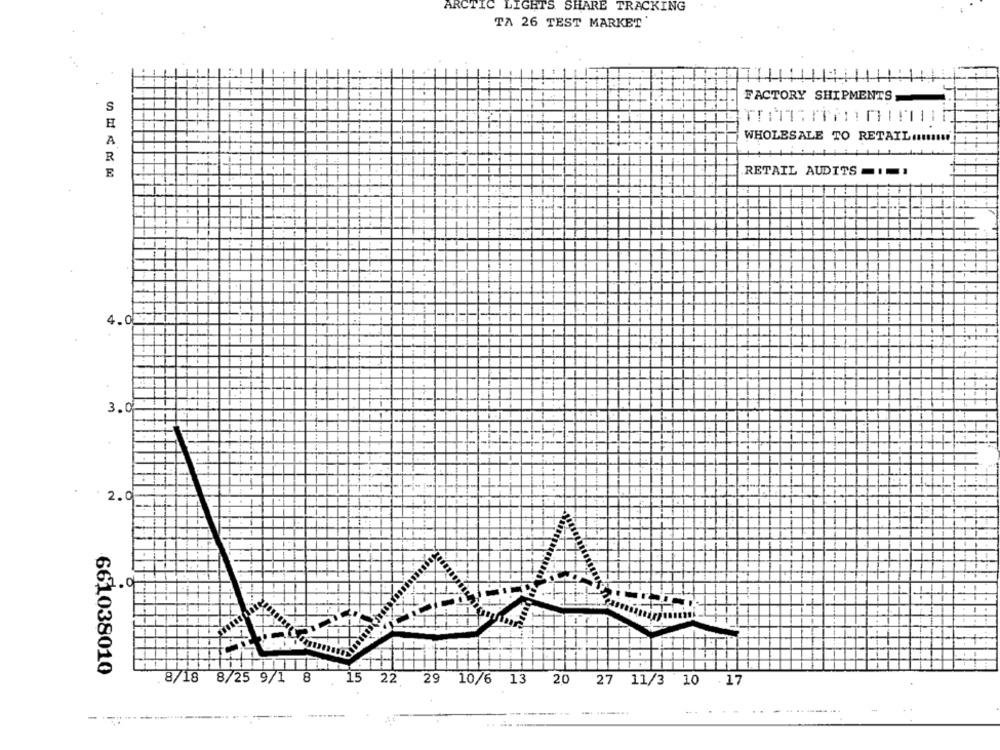
ARCTIC LIGHTS SHARE TRACKING
TA 26 TEST MARKET'
FACTORY SHIPMENTS
TH
S
7
A
WHOLESALE TO RETAIL .. mi
R
E
RETAIL AUDITS
4.0
3.0
14
2.0
A.O
661038010
8/18 8/25 9/1 8
15 22 29 10/6 13 20
27 11/3 10 17
... .......
-----.